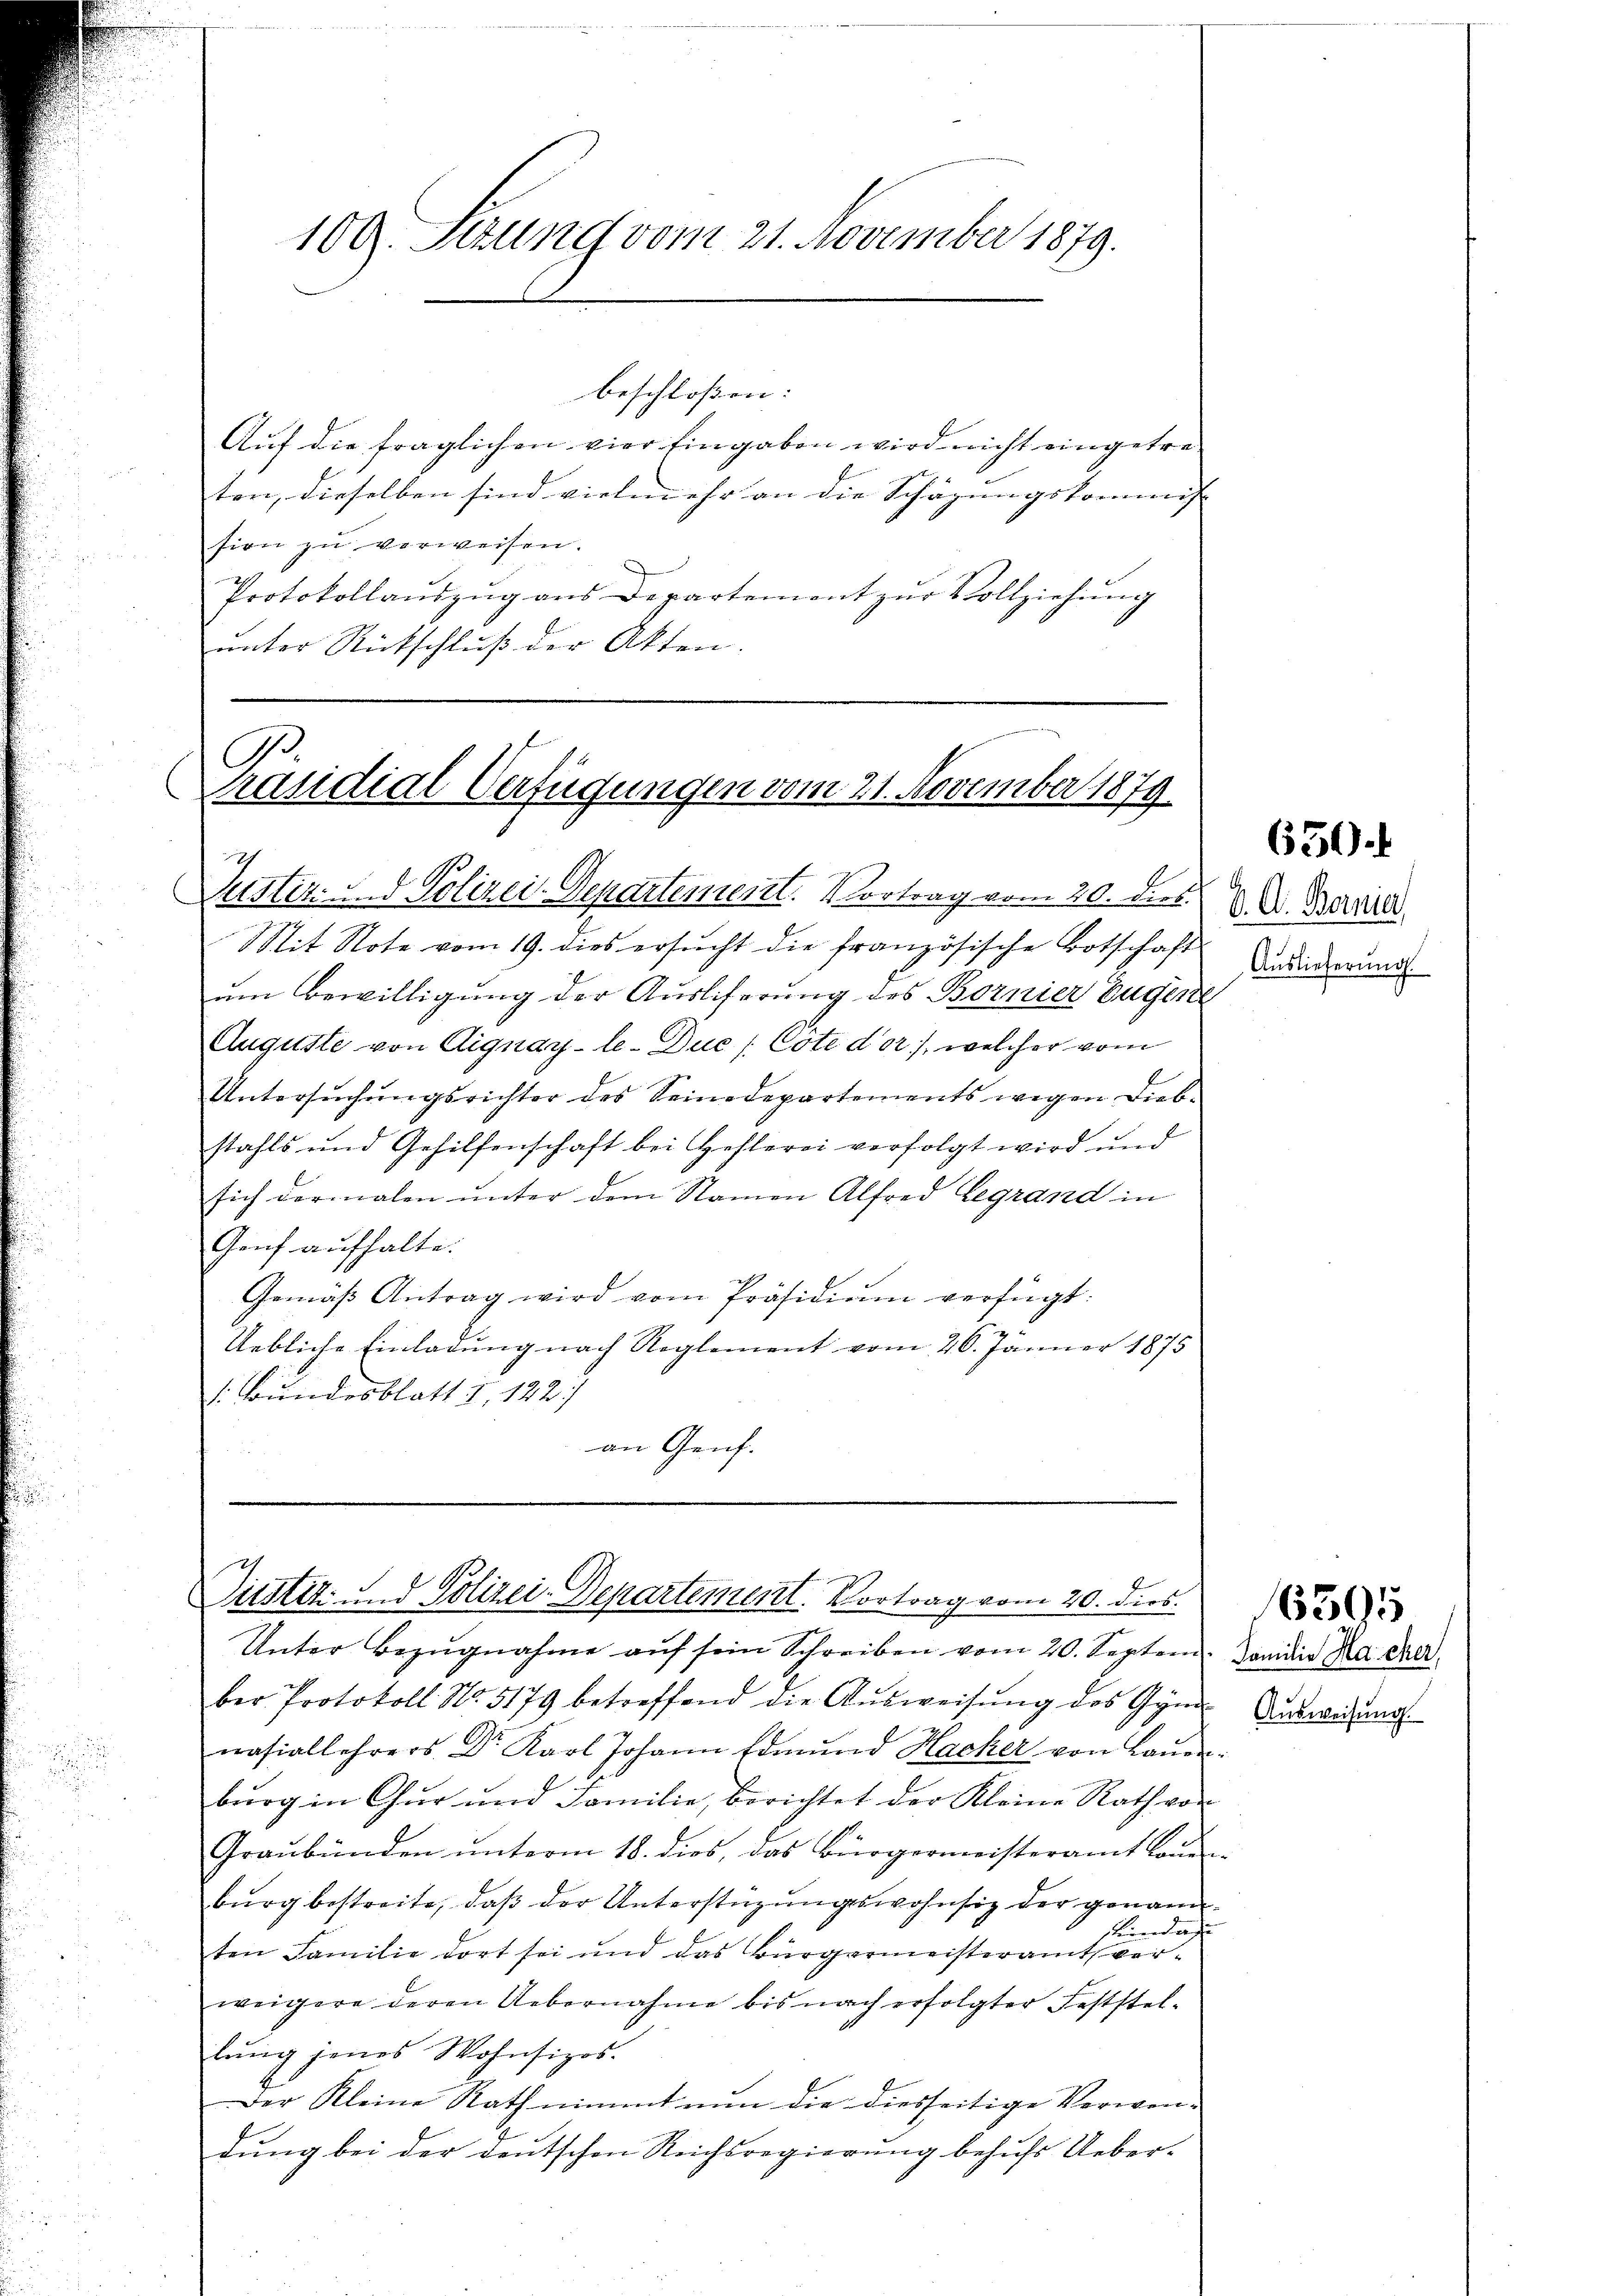
100. Sezung vom 21. November 1879.

beschloßen: |
Auf die fraglichen vier Eingaben wird nicht eingetreten, dieselben sind vielmehr an die Schägungskommis-
sion zu verweisen.
Protokollaŭszŭg ans Departement zŭr Vollziehŭng
unter Rückschluß der Akten.

Präsidial-Verfügungen vom 21. November 1879
Ih
Justiz- und Polizei-Departement. Vortrag vom 20. dies

Mit Note vom 19. dies ersŭcht die französische Botschaft
um Bewilligung der Ausliferung des Bornier Eugene
Auguste von Aignay-le- Duc / Cote der, welcher vom
Untersuchungsrichter des Seinedepartements wegen Diebstahls und Gehilfenschaft bei Hefterei verfolgt wird und
sich dermalen unter dem Namen Alfred Legrand in
Genf aufhalte.
Gemäβ Antrag wird vom Präsidiŭm verfügt:
Uebliche Einladung nach Reglement vom 26. Jänner 1875
: Bundesblatt 1, 122./
an Genf.

Justiz und Polizei-Departement. Vortrag vom 20. dies

Unter Bezŭgnahme aŭf sein Schreiben vom 20. Septem. Landis Nacha
ber Protokoll No. 5179 betreffend die Aŭsweisŭng des Gym-
nasiallehrers Dr. Karl Johann Edmŭnd Hacker von Baŭen.
burg in Chur und Familie, berichtet der Kleine Rath vor
Graubünden ŭnterm 18. dies, das Bürgermeisteramt Kon
burg bestreite, daß der Unterstüzungswohnsiz der genannten Familie dort sei und das Bürgermeisteramtsver-
weigere deren Uebernahme bis nach erfolgter Feststellŭng jenes Wohnsizos-
Der Kleine Rath nimmt nun die diesseitige Verwendung bei der deutschen Reichsregierung behufs Ueber-

1
inda

659.

V. A. Bornie
Auslieferung

Ausweisung.

16395